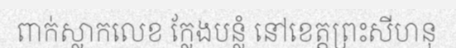
ពាក់ស្លាកលេខ ក្លែងបន្លំ នៅខេត្តព្រះសីហនុ